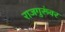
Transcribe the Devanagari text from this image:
राजगुरूंवर